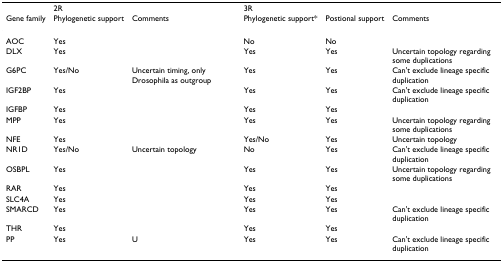
|  | <COLSPAN=2> 2R | <COLSPAN=3> 3R |
 | Gene family | Phylogenetic support | Comments | Phylogenetic support* | Postional support | Comments |
 | --- | --- | --- | --- | --- | --- |
 | AOC | Yes |  | No | No |  |
 | DLX | Yes |  | Yes | Yes | Uncertain topology regarding some duplications |
 | G6PC | Yes/No | Uncertain timing, only Drosophila as outgroup | Yes | Yes | Can't exclude lineage specific duplication |
 | IGF2BP | Yes |  | Yes | Yes | Can't exclude lineage specific duplication |
 | IGFBP | Yes |  | Yes | Yes |  |
 | MPP | Yes |  | Yes | Yes | Uncertain topology regarding some duplications |
 | NFE | Yes |  | Yes/No | Yes | Uncertain topology |
 | NR1D | Yes/No | Uncertain topology | No | Yes | Can't exclude lineage specific duplication |
 | OSBPL | Yes |  | Yes | Yes | Uncertain topology regarding some duplications |
 | RAR | Yes |  | Yes | Yes |  |
 | SLC4A | Yes |  | Yes | Yes |  |
 | SMARCD | Yes |  | Yes | Yes | Can't exclude lineage specific duplication |
 | THR | Yes |  | Yes | Yes |  |
 | PP | Yes | U | Yes | Yes | Can't exclude lineage specific duplication |